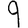
Digit: 9